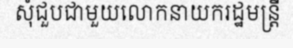
សុំជួបជាមួយលោកនាយករដ្ឋមន្ត្រី